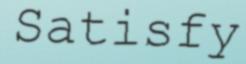
Satisfy